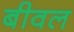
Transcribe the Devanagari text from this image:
बीवल